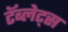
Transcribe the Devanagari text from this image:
टॅब्लेट्‍स